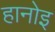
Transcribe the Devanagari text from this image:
हानोइ